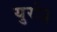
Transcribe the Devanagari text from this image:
युरो३